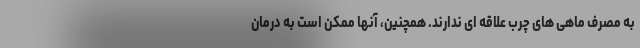
به مصرف ماهی های چرب علاقه ای ندارند. همچنین، آنها ممکن است به درمان